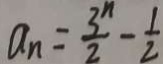
a _ { n } = \frac { 3 ^ { n } } { 2 } - \frac { 1 } { 2 }